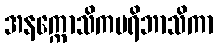
အနက္ကောသိကပရိဘာသိကာ